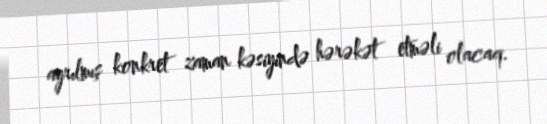
ayrılmış konkret zaman kəsiyində hərəkət etməli olacaq.